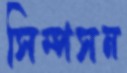
সিম্পসন